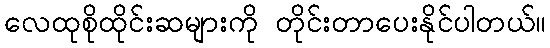
လေထုစိုထိုင်းဆများကို တိုင်းတာပေးနိုင်ပါတယ်။